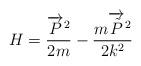
LaTeX: \begin{align*} H = \frac{\overrightarrow{P}^2}{2 m} - \frac{m \overrightarrow{\tilde P}^2}{2k^2}\end{align*}